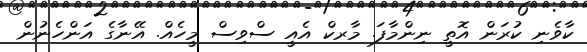
ކާވެނި ކުރަން އޮތީ ނިންމާފަ. މާރކް އެއީ ސްވިސް މީހެއް. އޭނާގެ އަންހެނުން